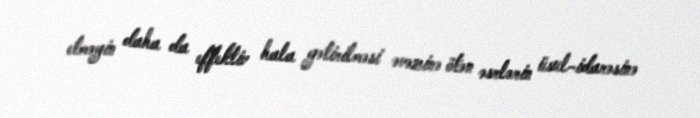
etməyin daha da effektiv hala gətirilməsi əvəzinə ötən əsrlərin üsul-idarəsinə